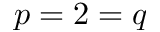
p = 2 = q